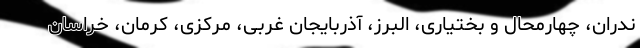
ندران، چهارمحال و بختیاری، البرز، آذربایجان غربی، مرکزی، کرمان، خراسان